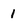
Character: 1